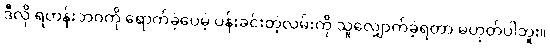
ဒီလို ရဟန်းဘဝကို ရောက်ခဲ့ပေမဲ့ ပန်းခင်းတဲ့လမ်းကို သူလျှောက်ခဲ့ရတာ မဟုတ်ပါဘူး။